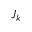
J _ { k }